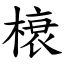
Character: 榱